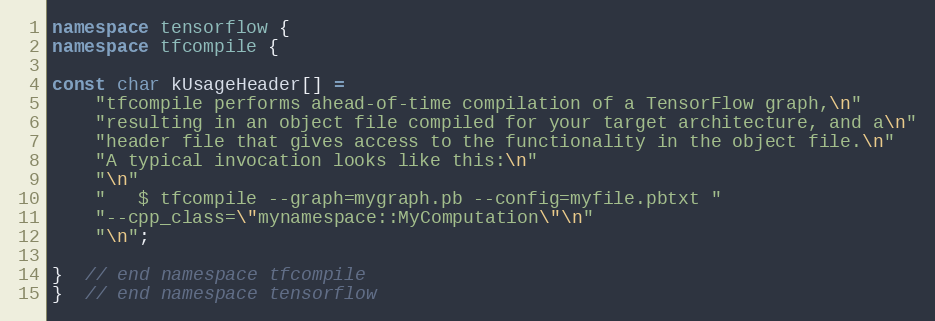
Language: C++
namespace tensorflow {
namespace tfcompile {

const char kUsageHeader[] =
    "tfcompile performs ahead-of-time compilation of a TensorFlow graph,\n"
    "resulting in an object file compiled for your target architecture, and a\n"
    "header file that gives access to the functionality in the object file.\n"
    "A typical invocation looks like this:\n"
    "\n"
    "   $ tfcompile --graph=mygraph.pb --config=myfile.pbtxt "
    "--cpp_class=\"mynamespace::MyComputation\"\n"
    "\n";

}  // end namespace tfcompile
}  // end namespace tensorflow